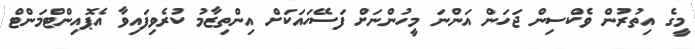
މީގެ އިތުރުން ވެކްސިން ޖަހަން އަންނަ މީހުންނަށް ފަސޭހައަކަށް އިންތިޒާމު ކުރެވިފައިވާ އެޕޮއިންޓްމަންޓް